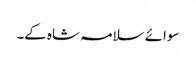
سوائے سلامہ شاہ کے۔